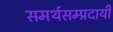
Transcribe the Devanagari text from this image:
समर्थसम्प्रदायी